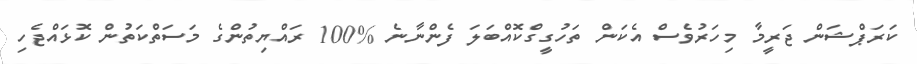
ކަރަޕްޝަން ޖަރީމާ މިހަރުވެސް އެކަން ތަހުގީގްކޮއްބަލަ ފެންނާނެ %100 ރައްޔިތުންގެ މަސަތްކަތުން ކޮޅައްޖެހި